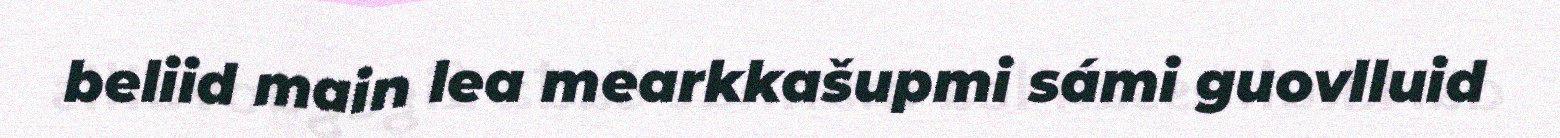
beliid main lea mearkkašupmi sámi guovlluid